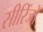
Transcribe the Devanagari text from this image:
सीरिंजों